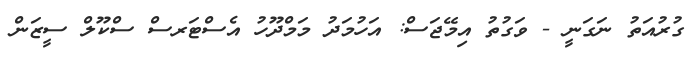
ގުރުއަތު ނަގަނީ - ވަގުތު އިމޭޖަސް: އަހުމަދު މަމްދޫހު އެސްޓަރސް ސްކޫލް ސީޒަން